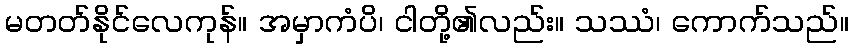
မတတ်နိုင်လေကုန်။ အမှာကံပိ၊ ငါတို့၏လည်း။ သဿံ၊ ကောက်သည်။